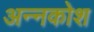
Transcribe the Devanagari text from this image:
अन्‍नकोश